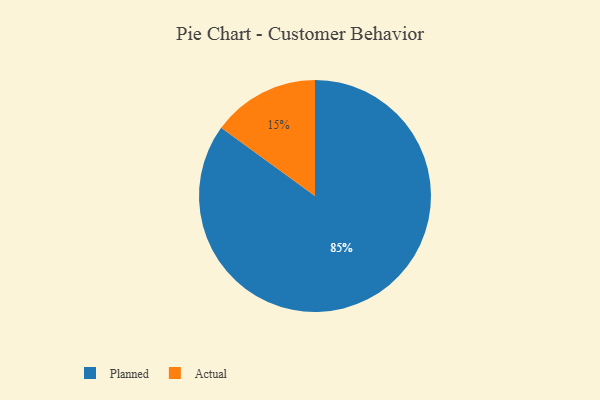
{"axis": {"x": "Category", "y": "Percentage"}, "legend": ["Actual", "Planned"], "data": [{"x": "Actual", "y": 15, "type": "Actual"}, {"x": "Planned", "y": 85, "type": "Planned"}]}